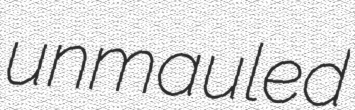
unmauled